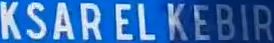
KSARELKEBIR